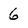
Character: 6